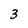
Character: 3